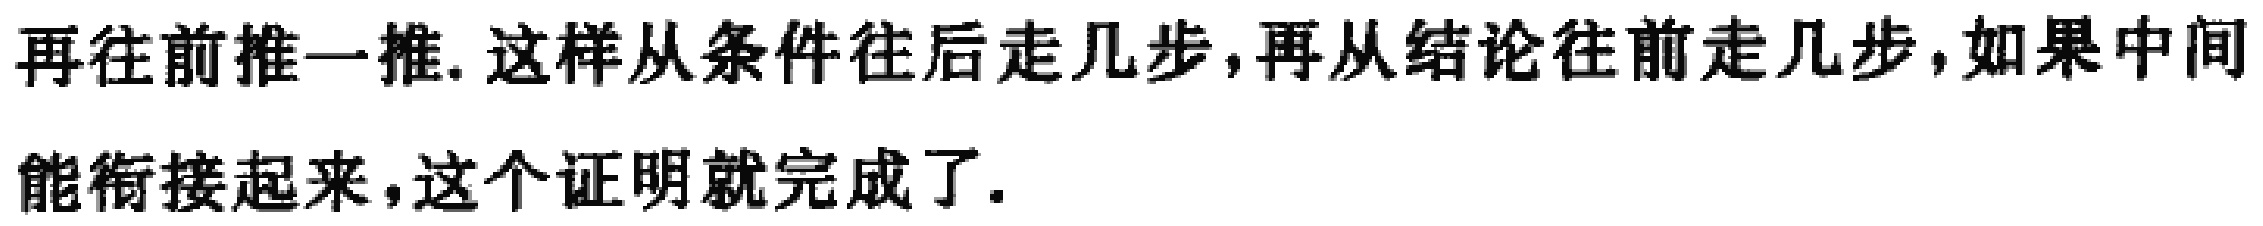
再往前推一推. 这样从条件往后走几步, 再从结论往前走几步, 如果中间能衔接起来，这个证明就完成了.